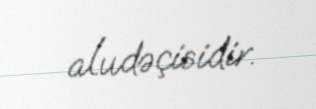
aludəçisidir.